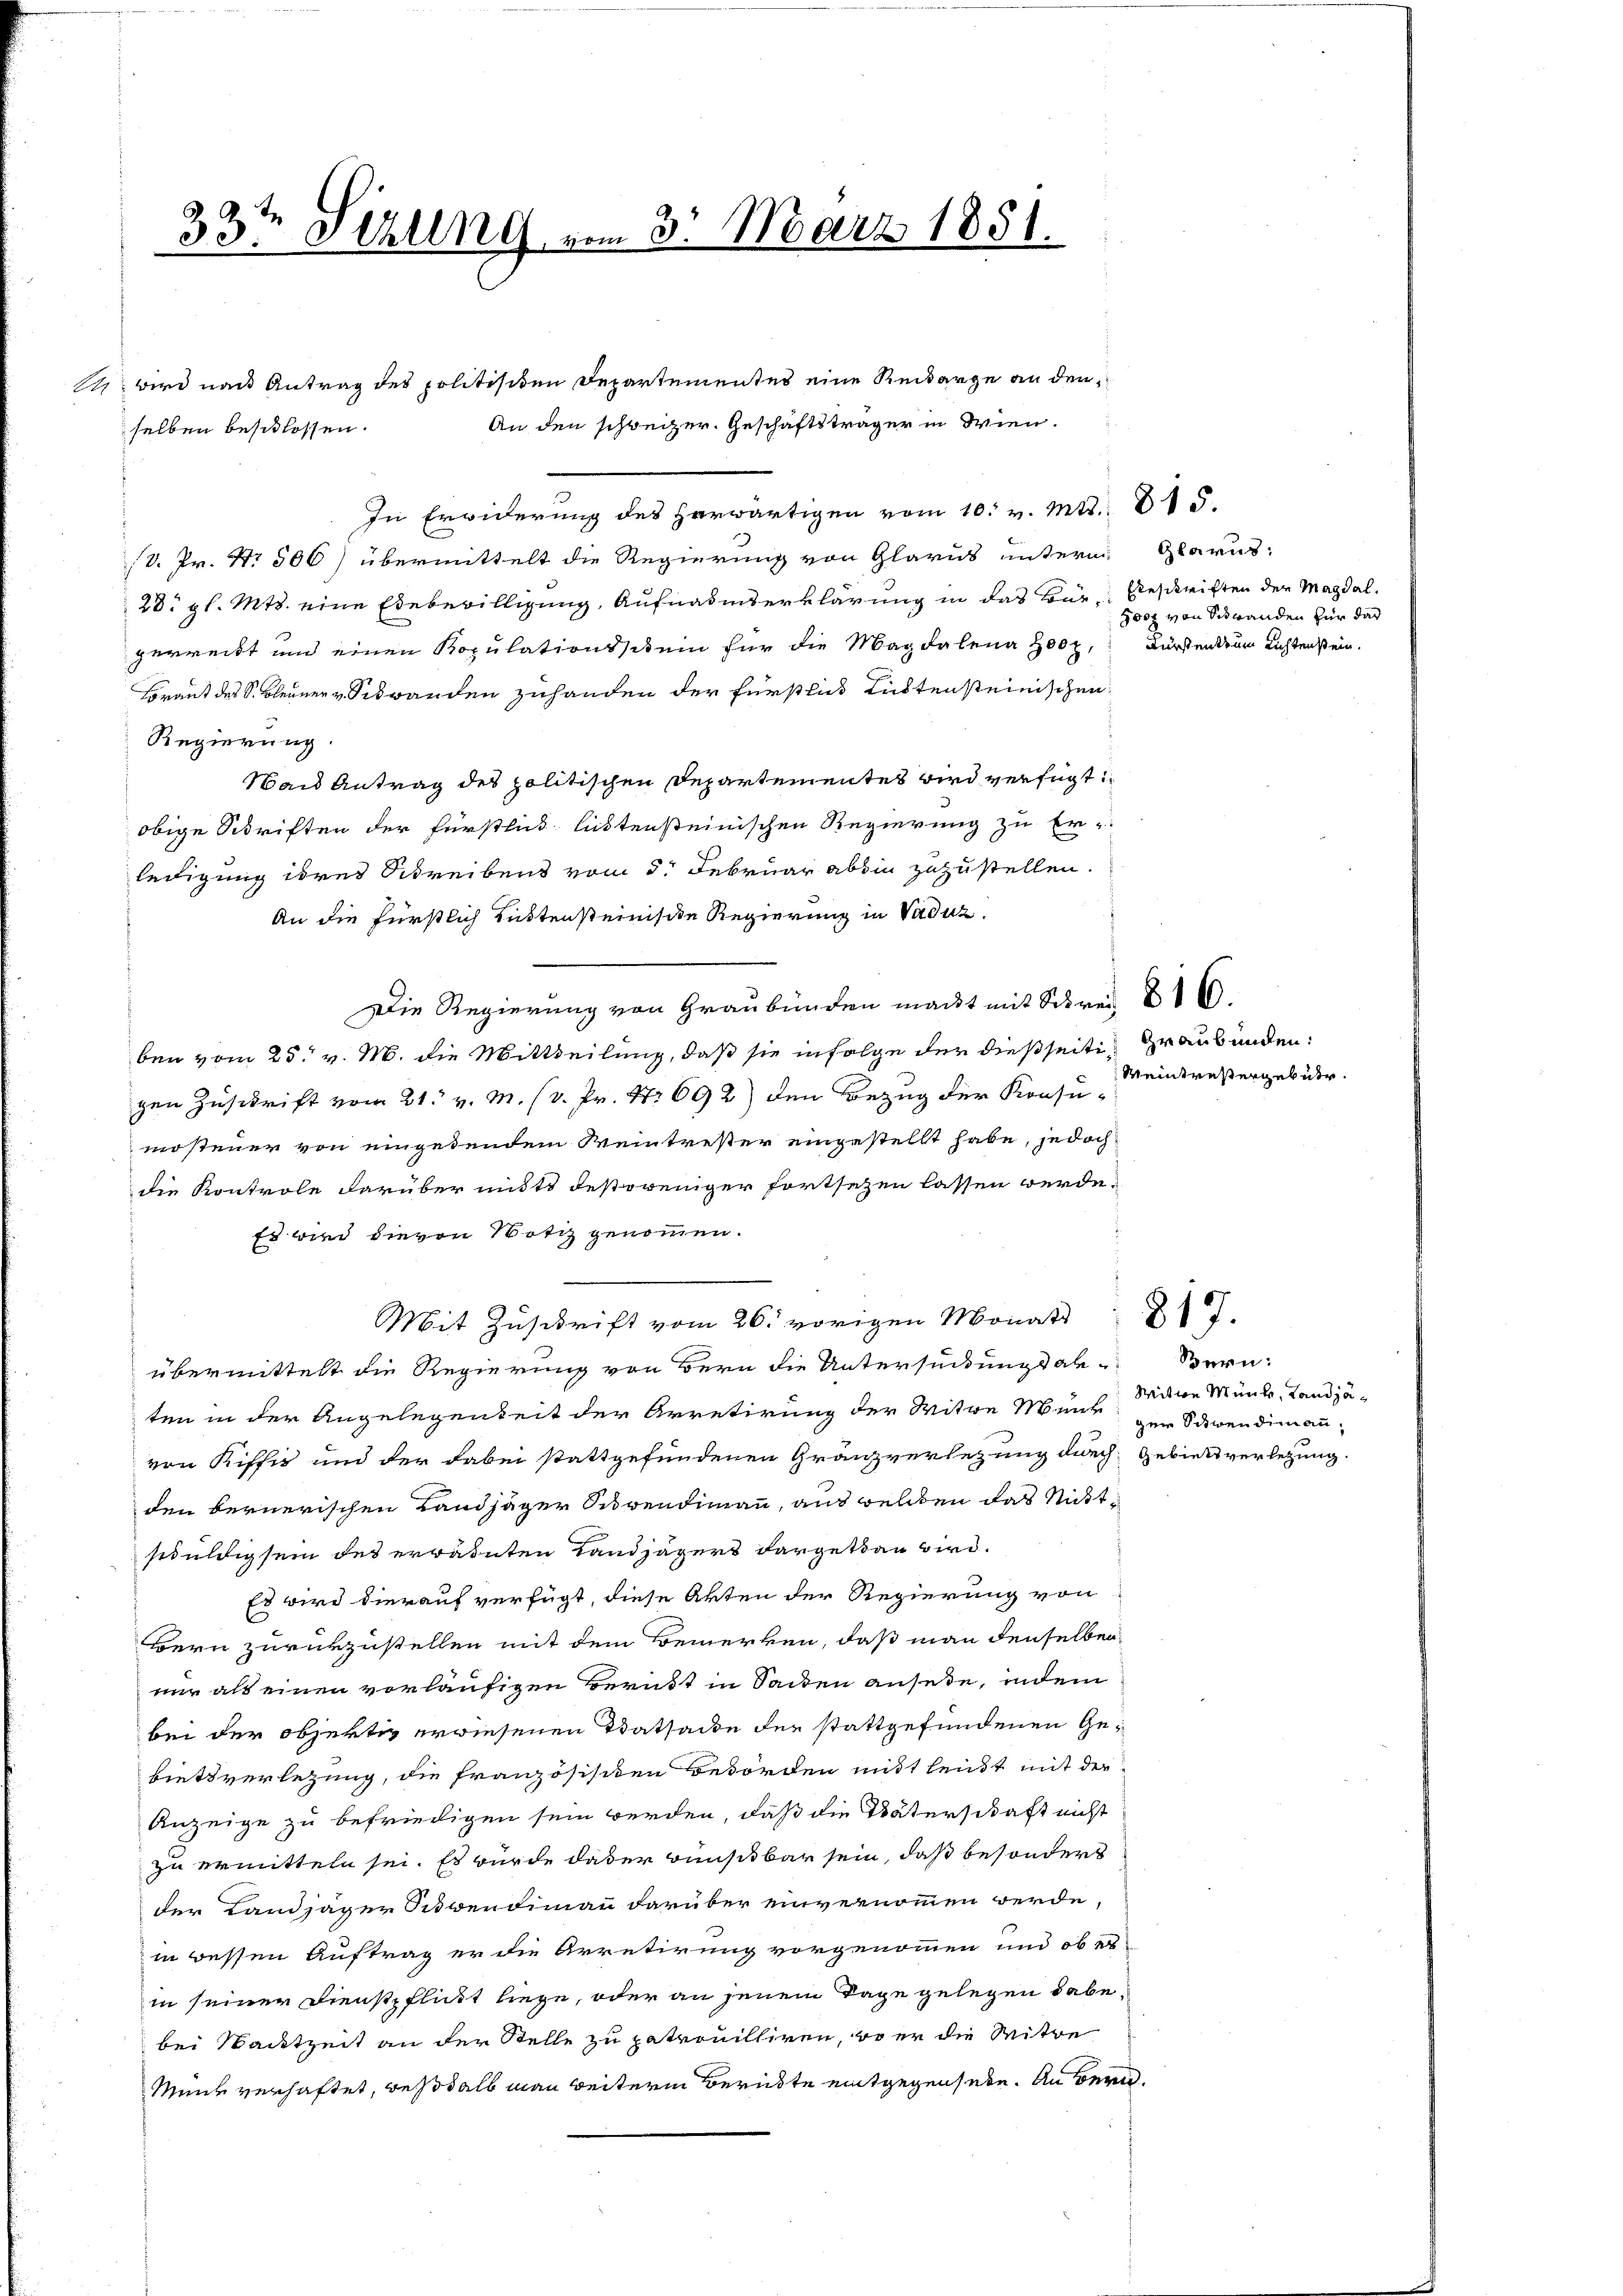
33ten Sizung vom 3. März 1851.

1. wird nach Antrag des politisiten Departementes eine Reikarge an den
An den schweizer. Geschäftsträger in Wien.
selben beschlossen.

In Erwiderung des herwärtigen vom 10. v. Mts.: 815.
/d. Pr. No. 506) übermittelt die Regierung von Glarus unterm Glarus:
28. gl. Mts. eine Edebewilligung, Aufnahmserklärung in das Bür Beschriften der Magdalgerreibt und einen Kopulationsschein für die Magdalena Holz,
Brant des S. Bleiner v. Sidwanden zuhanden der Fürstlich Rüstensteinischen
Regierung.
Wand Antrag des politischen Departementes wird verfügt:
obige Schriften der Fürstlich liebtensteinischen Regierung zu Er-
ledigung ihres Schreibens vom 5. Februar absin zuzustellen.
An die fürstlich Rüstensteinische Regierung in Vaduz.
Die Regierung von Graubünden macht mit Schres 16.
ben vom 25. v. M. die Mittheilung, daß sie infolge der dießseiti- Graubünden:
gen Zuschrift vom 21. v. M. (v. Pr. S. 692) den Bezug der Konsumostener von eingedenden Weintretter eingestellt habe, jedoch
die Kontrole darüber mit destoweniger fortsetzen lassen werde.
Es wird die von Notiz genommen.
Mit Zuschrift vom 26. vorigen Monat 1
übermittelt die Regierung von Bern die Untersuchungsabten in der Angelegenheit der Arretirung der Witwe Mann zur Schwendimann,
von Kiffig und der dabei stattgefundenen Granzverletzung durch Gebietsverletzung.
den bernerischen Landjäger Serendimann, aus weldten das Mittschuldig sein des erwähnten Landjägers dargetan wird.
Es wird dierauf verfügt, diese Akten der Regierung von
Bern zurükzustellen mit dem Bemerken, daß man denselben
nur als einen vorläufigen Beruht in Sanden ansede, indem
bei der objertig erwiesenen Tatsacke der stattgefundenen Gebietsverletzung, die französisiken Behörden mittleist mit der
Anzeige zu befriedigen sein werden, daß die Väterschaft nicht
zu ermitteln sei. Es wurde daber wünschbar sein, daß besonders
der Landjäger Seitwendimann darüber einvernommen werde,
in bessen Auftrag er die Arretirung vorgenommen und ob er
in seiner Dienstpflickt liege, oder an jenem Tage gelegen habe,
bei Wacktzeit an der Stelle zu patrouilliren, Er er die Seite
Minde verhaftet, weshalb man weiterm Berükte entgegenhebe. An Bern.

300 von Schwanden für das
Fürstents um Lichtenstein.

Weintrettergebühr.

Bern:
Witwe Münde, Landjä¬